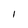
Character: I